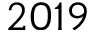
2 0 1 9